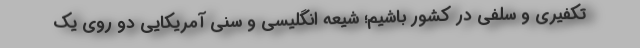
تکفیری و سلفی در کشور باشیم؛ شیعه انگلیسی و سنی آمریکایی دو روی یک